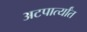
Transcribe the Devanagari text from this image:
अटपार्त्यांत